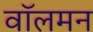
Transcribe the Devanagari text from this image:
वॉलमन